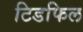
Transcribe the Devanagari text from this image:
टिडफिल